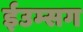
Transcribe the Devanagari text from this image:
ईउम्सग